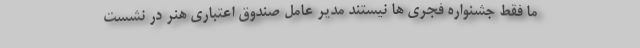
ما فقط جشنواره فجری ها نیستند مدیر عامل صندوق اعتباری هنر در نشست